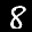
Label: 8